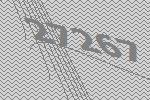
27267